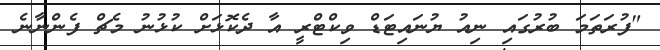
"ފުރަތަމަ ބުރުގައި ނިއު ޔުނައިޓަޑް ވިކްޓްރީ އާ ދެކޮޅަށް ކުޅުނު މެޗް ފެންނާނެ